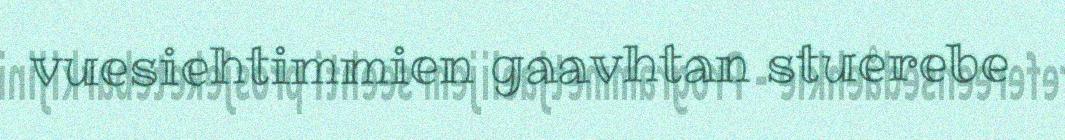
vuesiehtimmien gaavhtan stuerebe